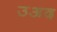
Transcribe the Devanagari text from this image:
उअद